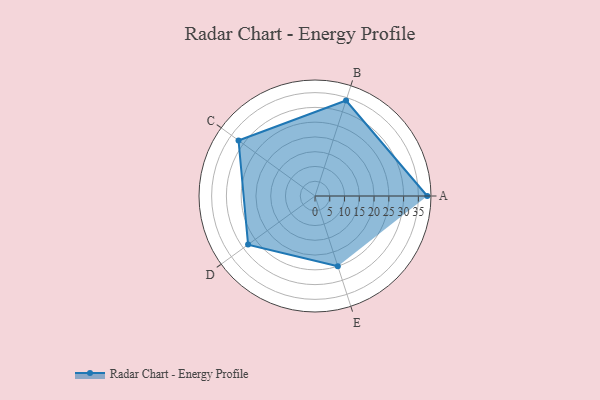
{"axis": {"x": "Skill", "y": "Score"}, "legend": ["Profile"], "data": [{"x": "A", "y": 38.0, "type": "Profile"}, {"x": "B", "y": 34.0, "type": "Profile"}, {"x": "C", "y": 32.0, "type": "Profile"}, {"x": "D", "y": 28.0, "type": "Profile"}, {"x": "E", "y": 25.0, "type": "Profile"}]}